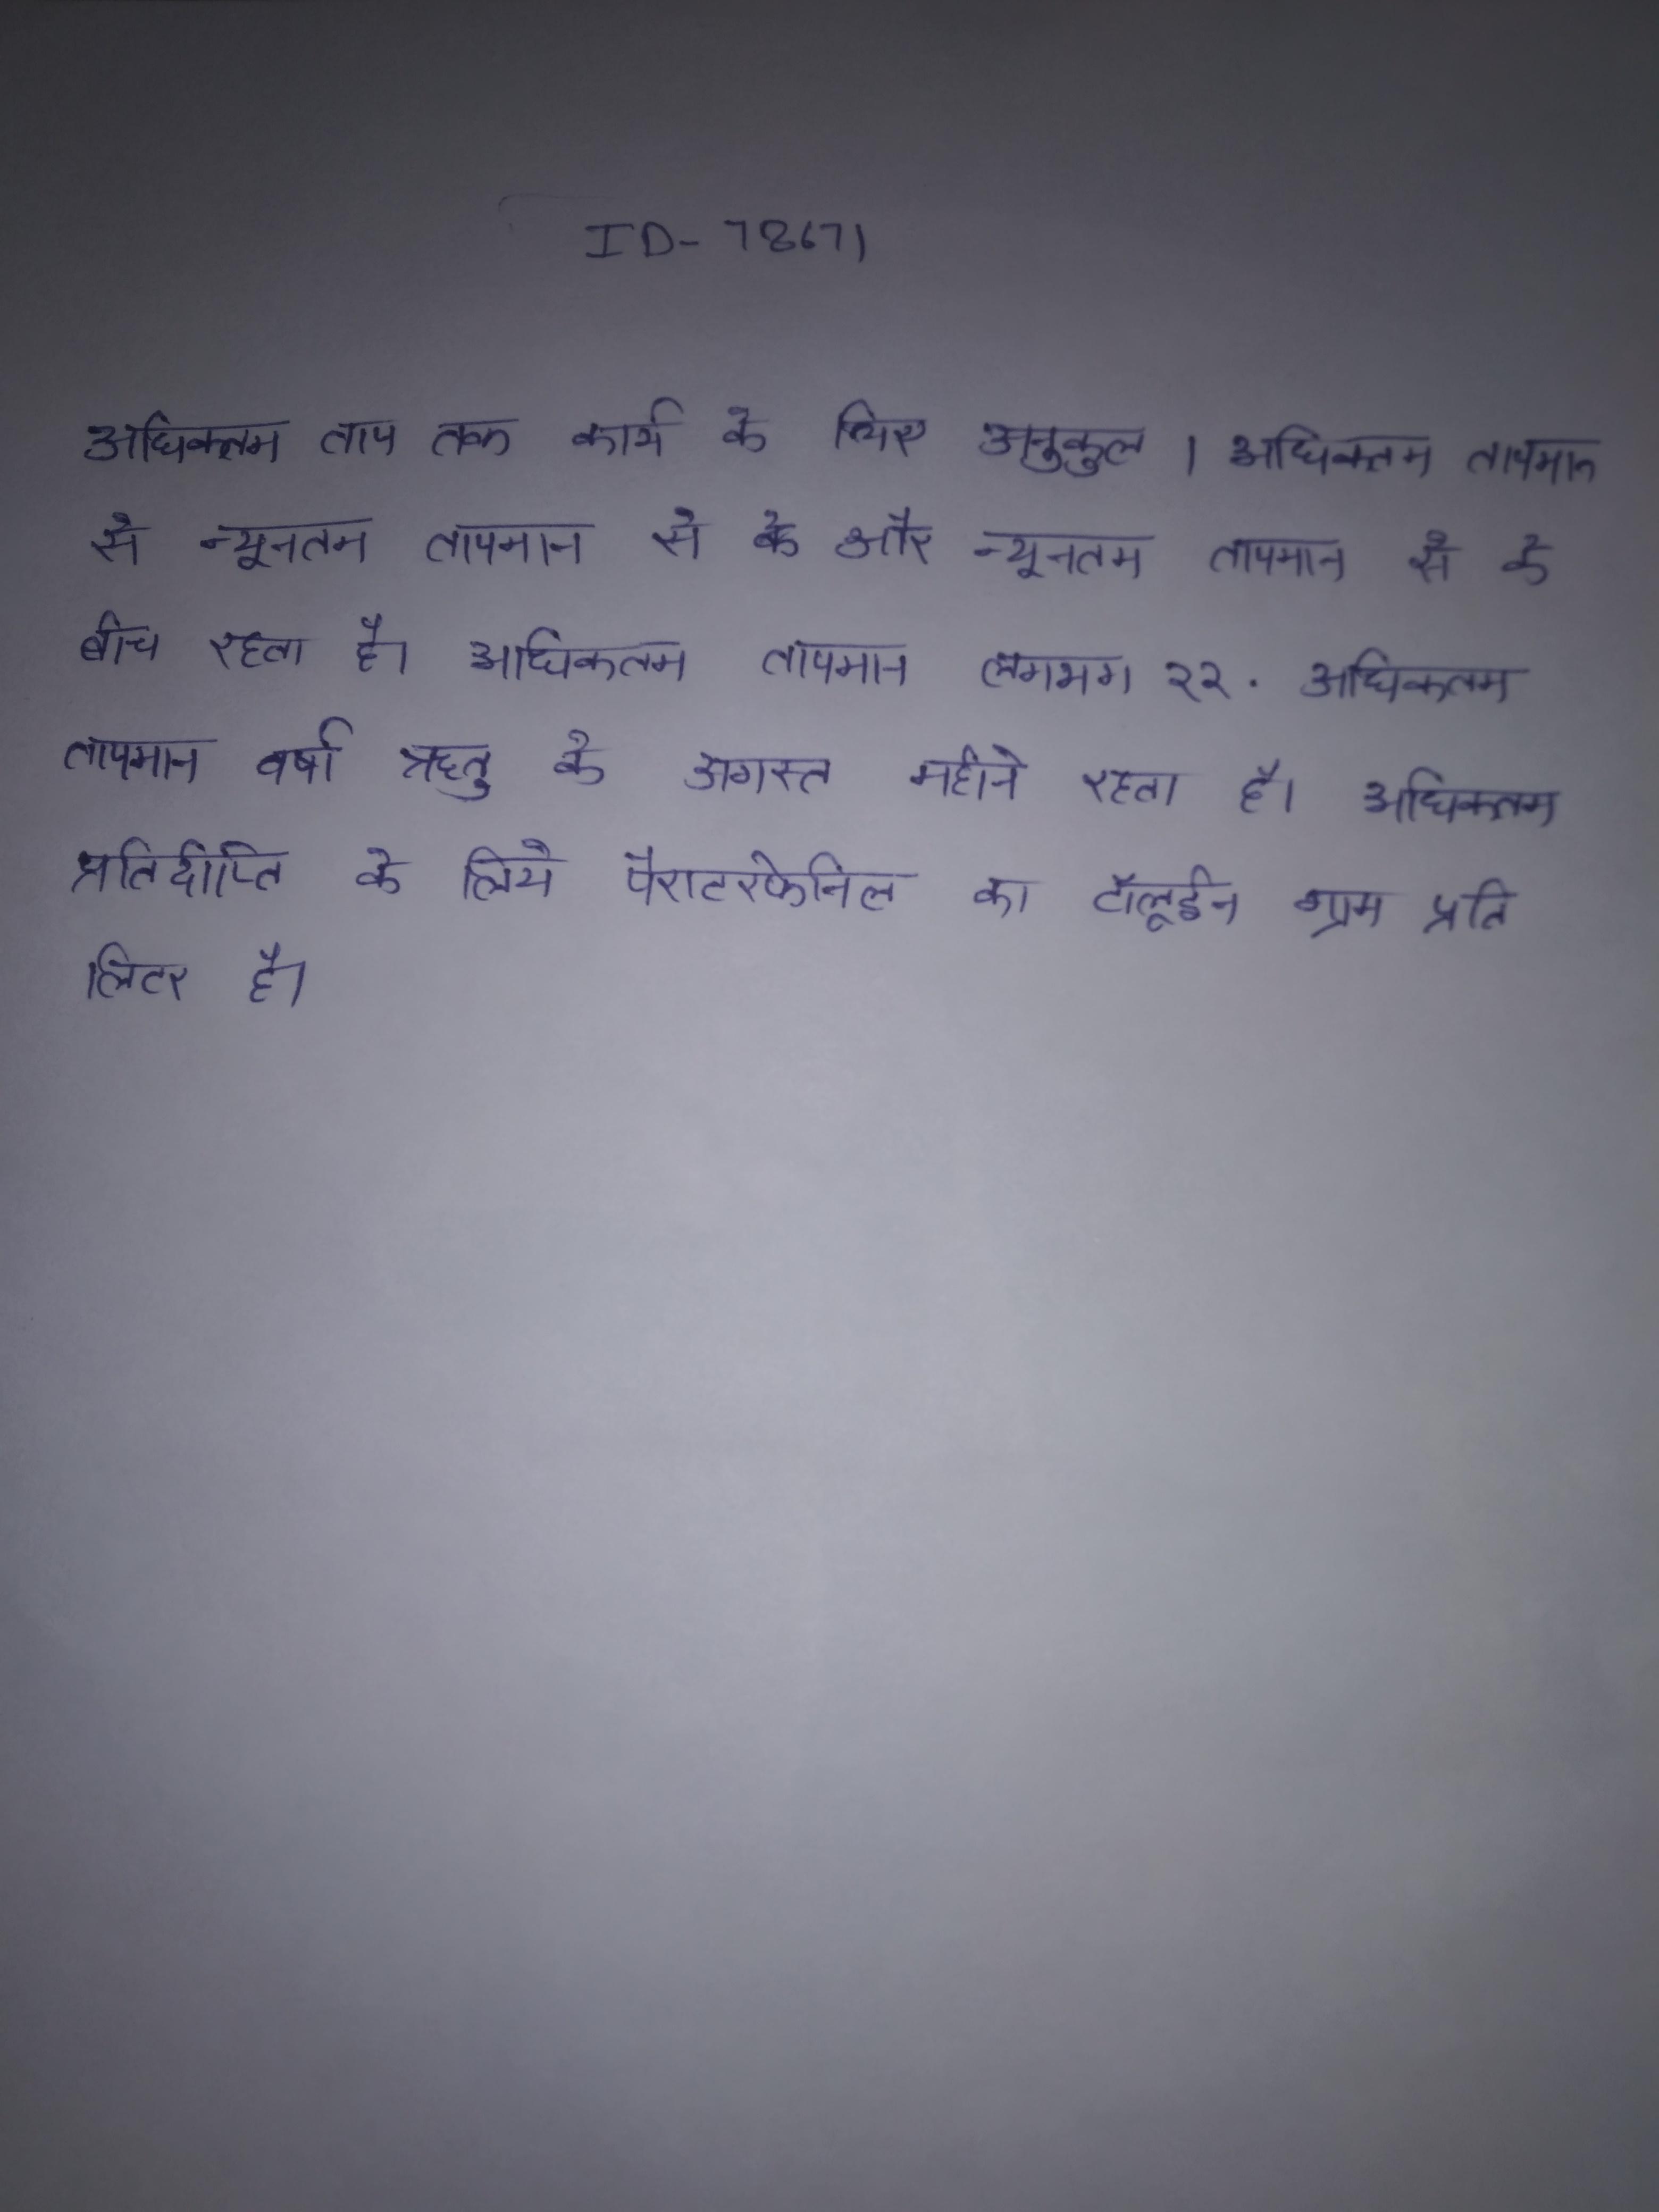
अधिकतम ताप तक कार्य के लिए अनुकूल । अधिकतम तापमान से और न्यूनतम तापमान से के बीच रहता है । अधिकतम तापमान लगभग २२ . अधिकतम तापमान वर्षा ऋतु के अगस्त महीने रहता है । अधिकतम प्रतिदीप्ति के लिये पैराटरफेनिल का टॉलूईन ग्राम प्रति लिटर है ।